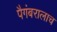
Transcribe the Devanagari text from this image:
पैगंबरालाच